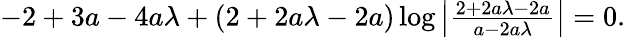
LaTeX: \begin{array}{r}{-2+3a-4a\lambda+(2+2a\lambda-2a)\log\left|\frac{2+2a\lambda-2a}{a-2a\lambda}\right|=0.}\end{array}